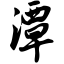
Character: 潭